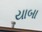
યાબા